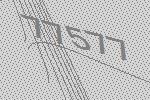
77577